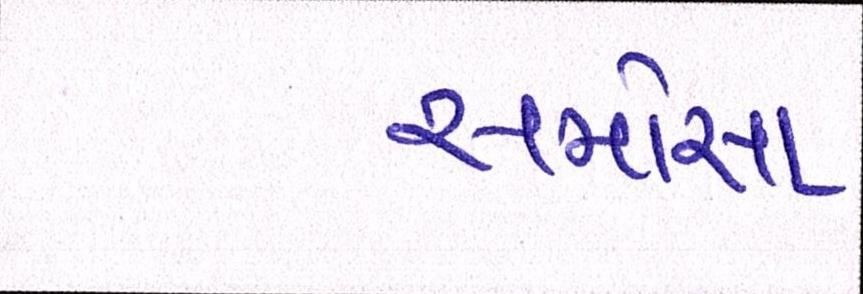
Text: સમોસા